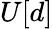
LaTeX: U[d]